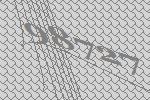
98727